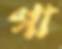
গা